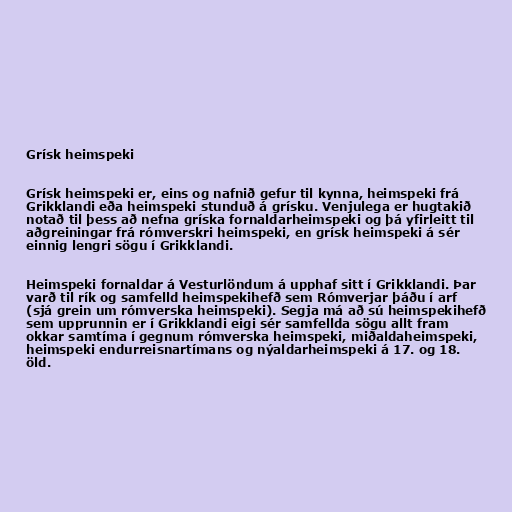
Grísk heimspeki

Grísk heimspeki er, eins og nafnið gefur til kynna, heimspeki frá
Grikklandi eða heimspeki stunduð á grísku. Venjulega er hugtakið
notað til þess að nefna gríska fornaldarheimspeki og þá yfirleitt til
aðgreiningar frá rómverskri heimspeki, en grísk heimspeki á sér
einnig lengri sögu í Grikklandi.

Heimspeki fornaldar á Vesturlöndum á upphaf sitt í Grikklandi. Þar
varð til rík og samfelld heimspekihefð sem Rómverjar þáðu í arf
(sjá grein um rómverska heimspeki). Segja má að sú heimspekihefð
sem upprunnin er í Grikklandi eigi sér samfellda sögu allt fram
okkar samtíma í gegnum rómverska heimspeki, miðaldaheimspeki,
heimspeki endurreisnartímans og nýaldarheimspeki á 17. og 18.
öld.